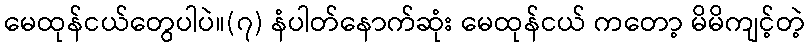
မေထုန်ငယ်တွေပါပဲ။(၇) နံပါတ်နောက်ဆုံး မေထုန်ငယ် ကတော့ မိမိကျင့်တဲ့